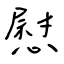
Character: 慰